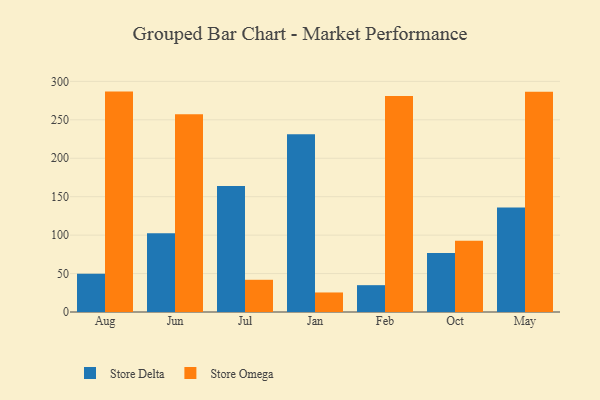
{"axis": {"x": "Month", "y": "Gross Profit (USD K)"}, "legend": ["Store Delta", "Store Omega"], "data": [{"x": "Aug", "y": 49.9, "type": "Store Delta"}, {"x": "Aug", "y": 286.7, "type": "Store Omega"}, {"x": "Jun", "y": 102.6, "type": "Store Delta"}, {"x": "Jun", "y": 257.3, "type": "Store Omega"}, {"x": "Jul", "y": 163.8, "type": "Store Delta"}, {"x": "Jul", "y": 41.9, "type": "Store Omega"}, {"x": "Jan", "y": 231.1, "type": "Store Delta"}, {"x": "Jan", "y": 25.4, "type": "Store Omega"}, {"x": "Feb", "y": 34.9, "type": "Store Delta"}, {"x": "Feb", "y": 280.9, "type": "Store Omega"}, {"x": "Oct", "y": 76.6, "type": "Store Delta"}, {"x": "Oct", "y": 92.6, "type": "Store Omega"}, {"x": "May", "y": 135.8, "type": "Store Delta"}, {"x": "May", "y": 286.4, "type": "Store Omega"}]}